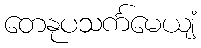
တေနုပသင်္ကမေယျံ